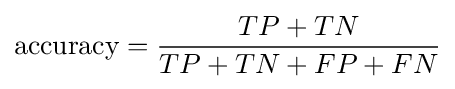
{\text{accuracy}}={\frac {TP+TN}{TP+TN+FP+FN}}